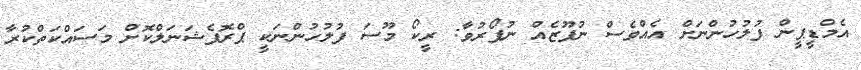
އެމްޑީޕީން ފުލުހުންނަށް އެއްވެސް ނުފޫޒެއް ނުފޯރުވާ: ރީކޯ މޫސަ ފުލުހުންނަކީ ޕްރޮފެޝަނަލްކޮށް މަސައްކަތްކުރާ